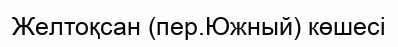
Желтоқсан (пер.Южный) көшесі